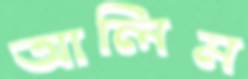
আলিম